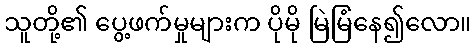
သူတို့၏ ပွေ့ဖက်မှုများက ပိုမို မြဲမြံနေ၍လော။